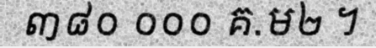
៣៨០ ០០០ គ.ម២ ។